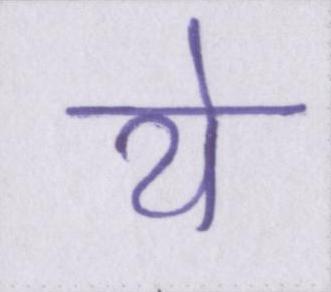
ये